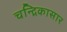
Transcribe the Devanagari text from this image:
चन्द्रिकासार